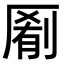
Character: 𫨖